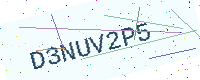
Text: D3NUV2P5